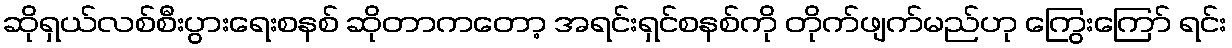
ဆိုရှယ်လစ်စီးပွားရေးစနစ် ဆိုတာကတော့ အရင်းရှင်စနစ်ကို တိုက်ဖျက်မည်ဟု ကြွေးကြော် ရင်း